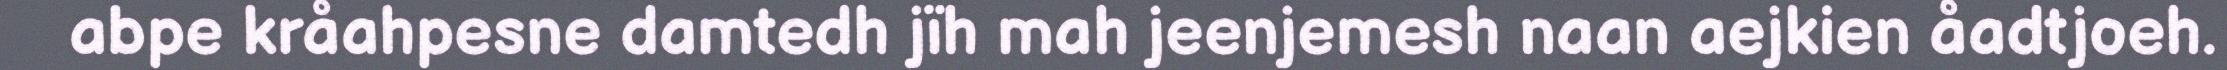
abpe kråahpesne damtedh jïh mah jeenjemesh naan aejkien åadtjoeh.